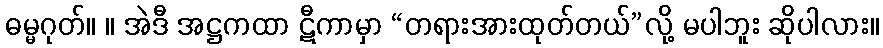
ဓမ္မဂုတ်။ ။ အဲဒီ အဋ္ဌကထာ ဋီကာမှာ “တရားအားထုတ်တယ်”လို့ မပါဘူး ဆိုပါလား။